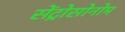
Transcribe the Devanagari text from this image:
सेंट्रोसोनोम